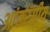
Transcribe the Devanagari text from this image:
आंतरंगीय